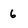
Character: 6